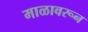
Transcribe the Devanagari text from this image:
माळावरून